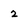
Character: 2